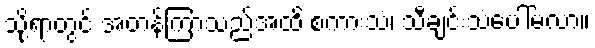
သို့ရာတွင် အတန်ကြာသည်အထိ စကားသံ၊ သီချင်းသံပေါ်မလာ။